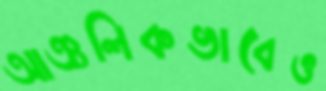
আঞ্চলিকভাবেও